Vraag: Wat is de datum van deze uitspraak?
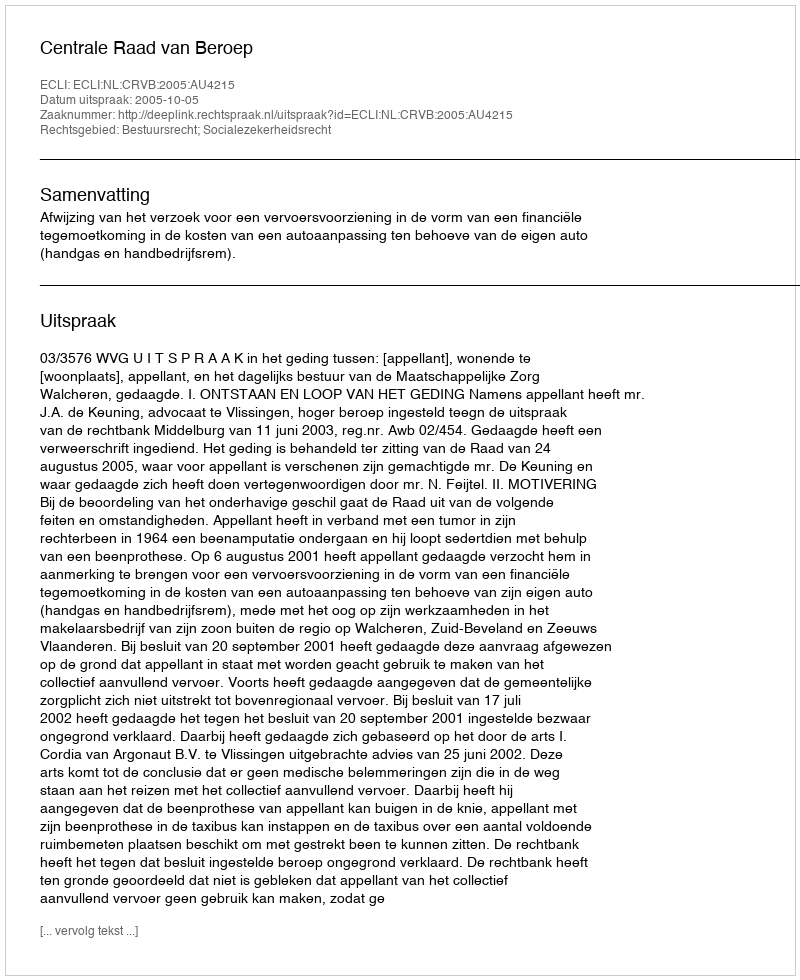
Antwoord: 2005-10-05